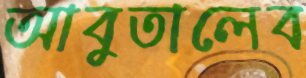
আবুতালেব